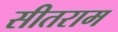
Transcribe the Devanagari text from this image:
सीतराम